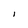
Character: I